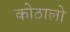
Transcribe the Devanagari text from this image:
कोठालो